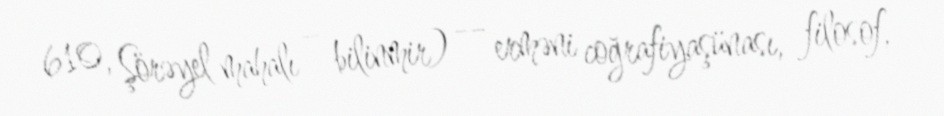
610, Şörəyel mahalı – bilinmir) — erməni coğrafiyaşünası, filosof,